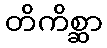
တိကိစ္ဆာ